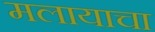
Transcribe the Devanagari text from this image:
मलायाचा